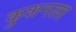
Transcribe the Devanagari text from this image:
कुशनला